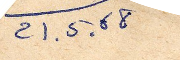
21.5.21